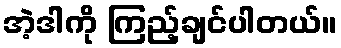
အဲ့ဒါကို ကြည့်ချင်ပါတယ်။